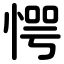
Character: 愕